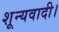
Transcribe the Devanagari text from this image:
शून्यवादी।